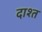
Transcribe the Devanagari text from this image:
दाश्त